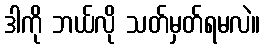
ဒါကို ဘယ်လို သတ်မှတ်ရမလဲ။